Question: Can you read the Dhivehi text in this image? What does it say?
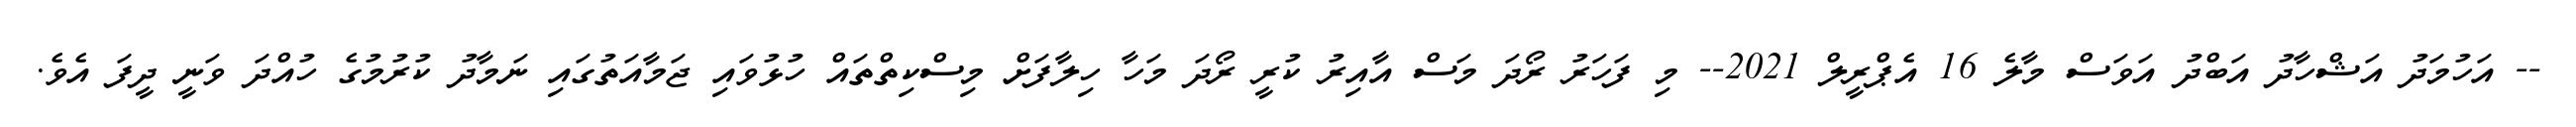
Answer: -- އަހުމަދު އަޝްހާދު އަބްދު އަވަސް މާލެ 16 އެޕްރީލް 2021-- މި ފަހަރު ރޯދަ މަސް އާއިރު ކުރީ ރޯދަ މަހާ ހިލާފަށް މިސްކިތްތައް ހުޅުވައި ޖަމާއަތުގައި ނަމާދު ކުރުމުގެ ހުއްދަ ވަނީ ދީފަ އެވެ.